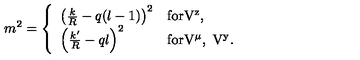
m ^ { 2 } = \left\{ \begin{array} { l l } { \left( \frac k R - q ( l - 1 ) \right) ^ { 2 } } & { \mathrm { f o r V ^ z , } } \\ { \left( \frac { k ^ { \prime } } R - q l \right) ^ { 2 } } & { \mathrm { f o r V ^ \mu , \ V ^ y } . } \\ \end{array} \right.